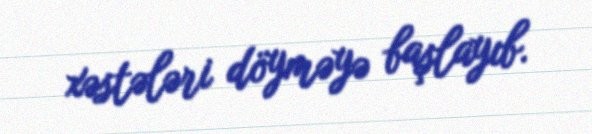
xəstələri döyməyə başlayıb.